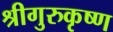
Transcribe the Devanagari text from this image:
श्रीगुरुकृष्ण